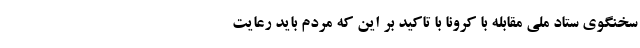
سخنگوی ستاد ملی مقابله با کرونا با تاکید بر این که مردم باید رعایت